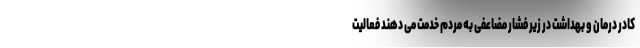
کادر درمان و بهداشت در زیر فشار مضاعفی به مردم خدمت می دهند فعالیت